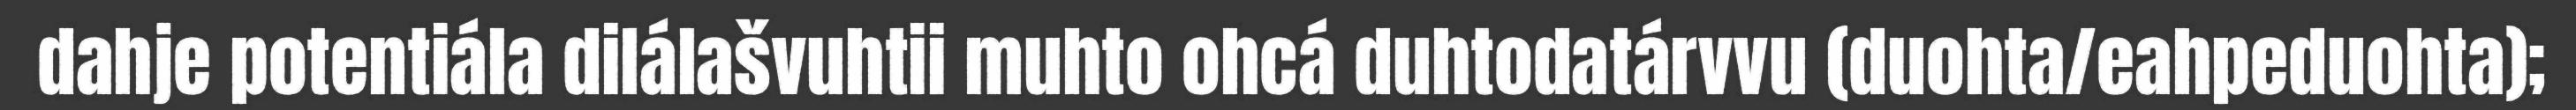
dahje potentiála dilálašvuhtii muhto ohcá duhtodatárvvu (duohta/eahpeduohta);